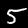
Digit: 5